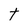
Character: t